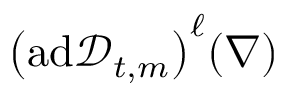
\bigl ( \mathrm { a d } \mathscr { D } _ { t , m } \bigr ) ^ { \ell } ( \nabla )